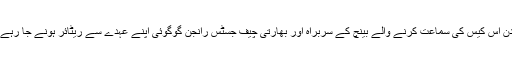
اس دن اس کیس کی سماعت کرنے والے بینچ کے سربراہ اور بھارتی چیف جسٹس رانجن گوگوئی اپنے عہدے سے ریٹائر ہونے جا رہے ہیں۔